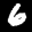
Label: 6